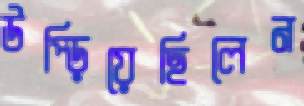
উপ্‌ড়িয়েছিলেন